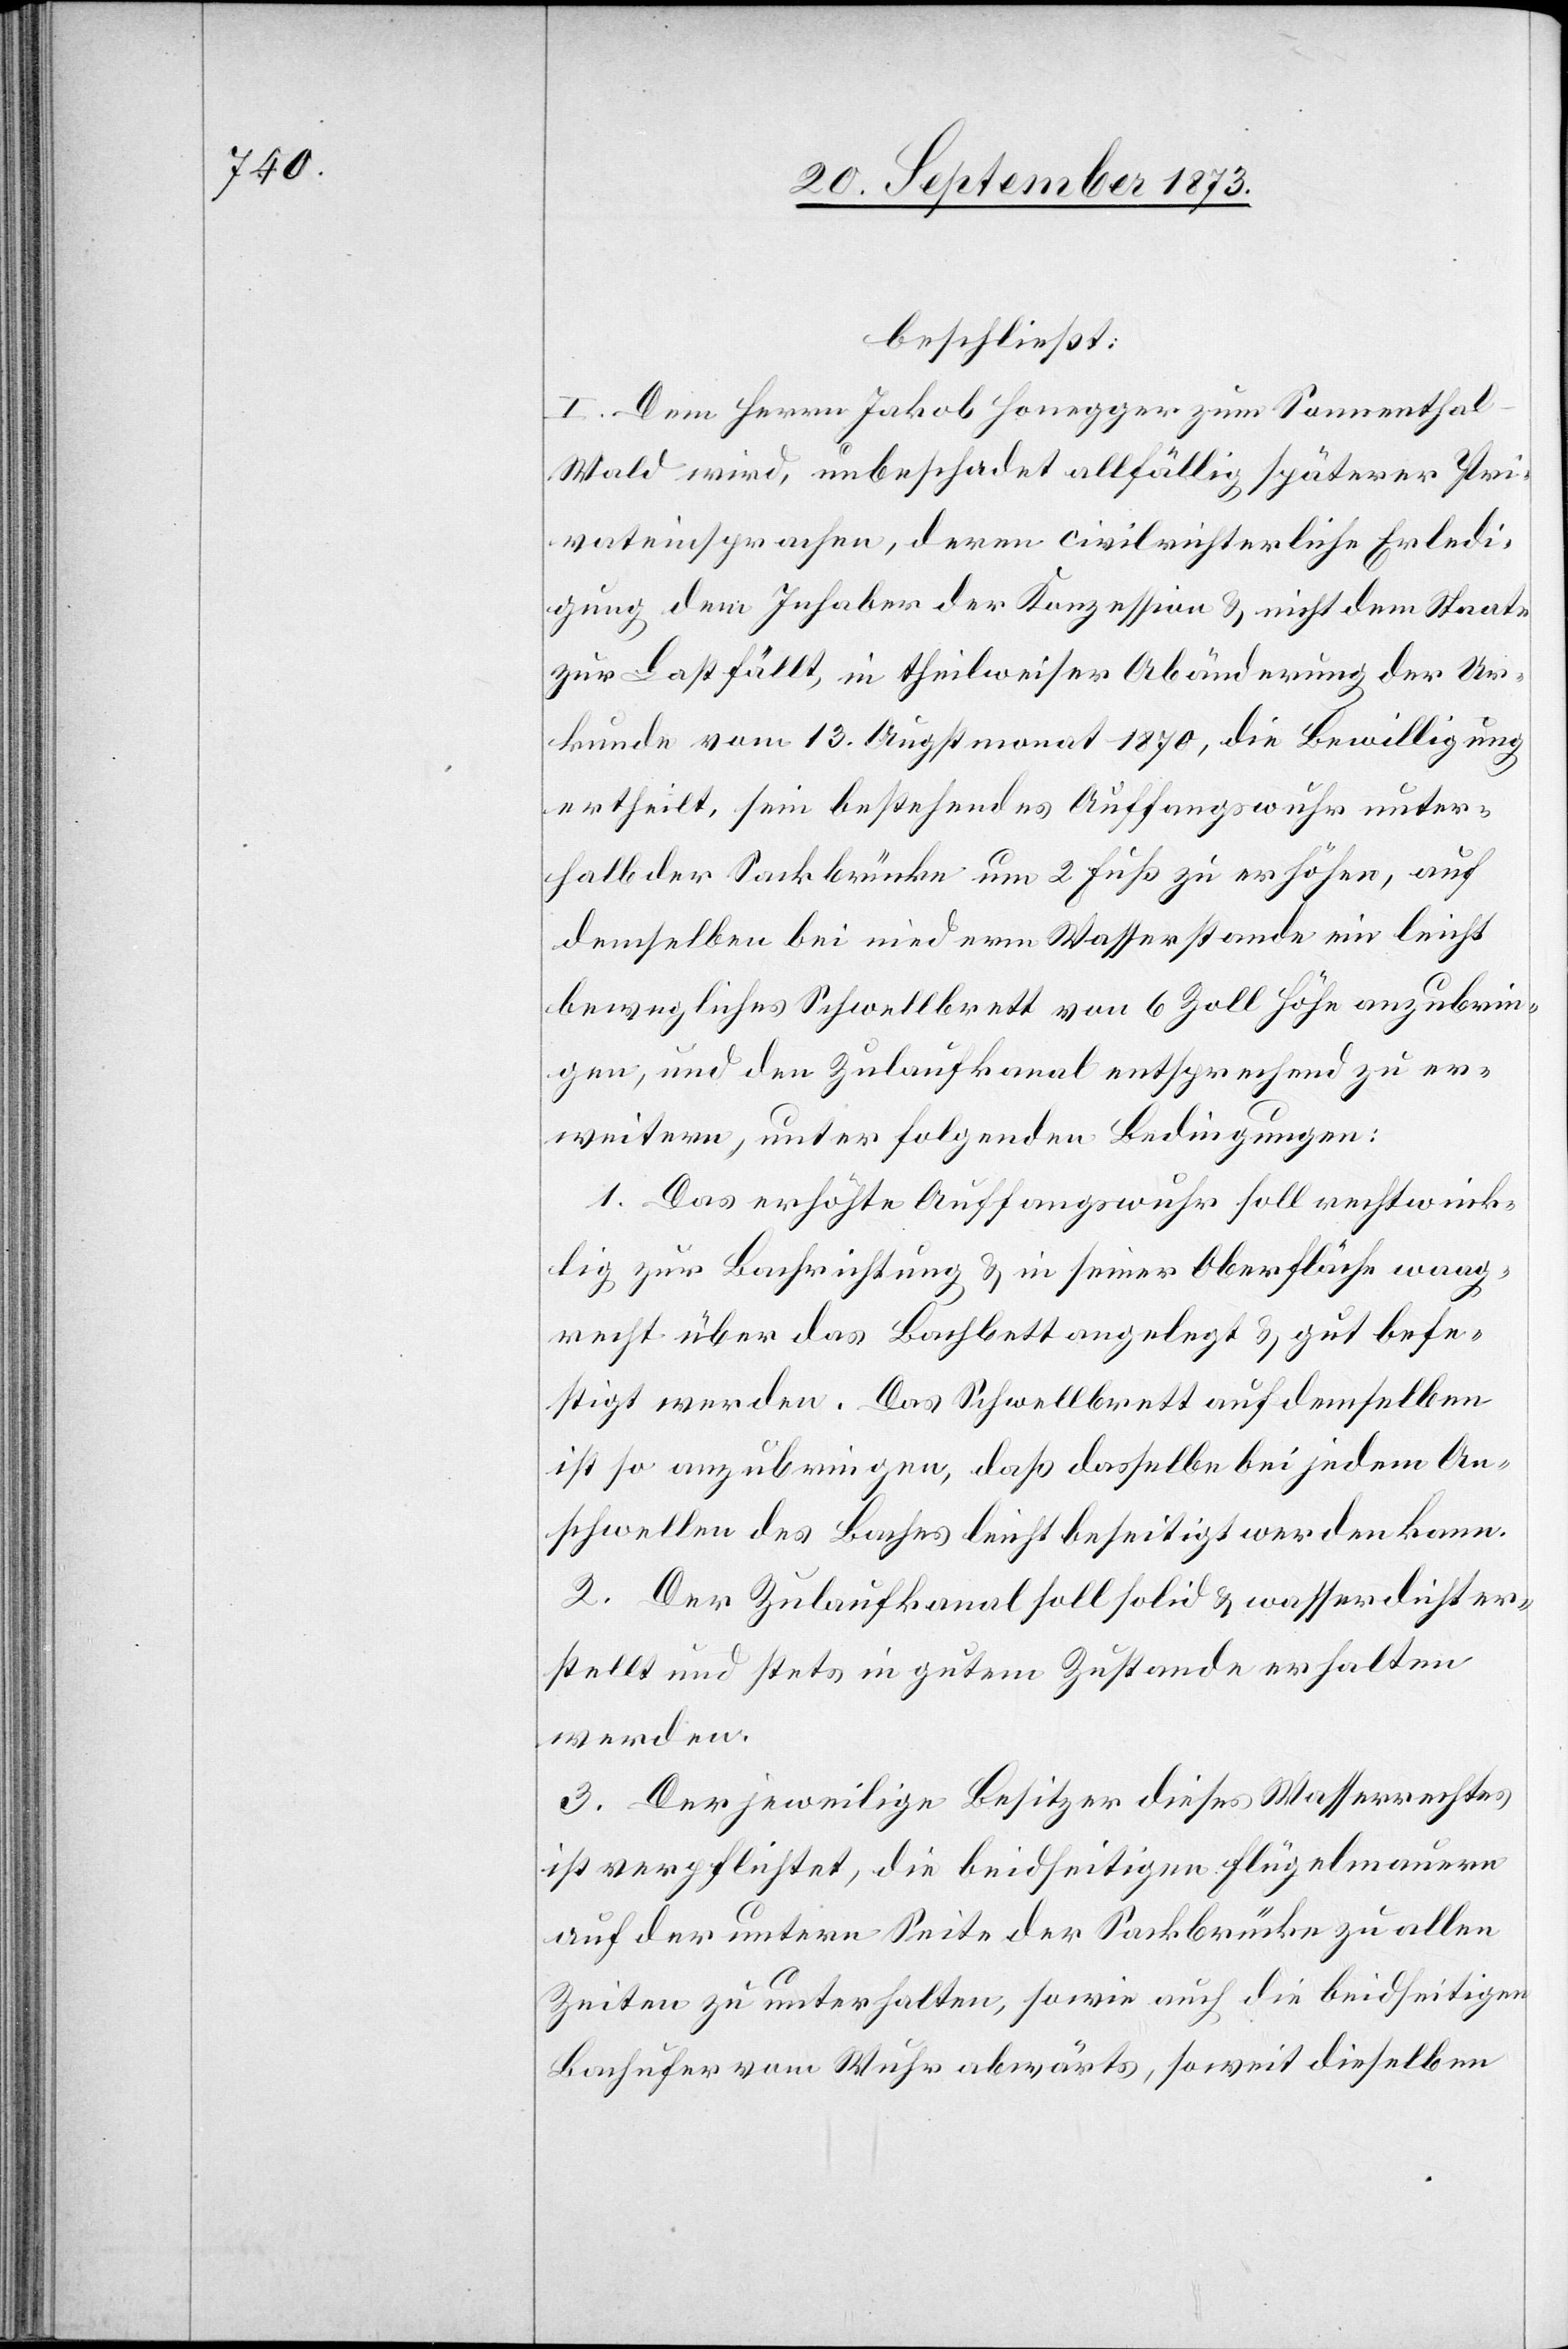
beschließt:
I. Dem Herrn Jakob Honegger zum Sonnenthal
Wald wird, unbeschadet allfällig späterer Pri¬
vateinsprachen, deren civilrichterliche Erledi¬
gung dem Inhaber der Konzession & nicht dem Staate
zur Last fällt, in theilweiser Abänderung der Ur¬
kunde vom 13. Augstmonat 1870, die Bewilligung
ertheilt, sein bestehendes Auffangswuhr unter¬
halb der Sackbrücke um 2 Fuß zu erhöhen, auf
demselben bei niederm Wasserstande ein leicht
bewegliches Schwellbrett von 6 Zoll Höhe anzubrin¬
gen, und den Zulaufkanal entsprechend zu er¬
weitern, unter folgenden Bedingungen:
1. Das erhöhte Auffangswuhr soll rechtwink¬
lig zur Bachrichtung & in seiner Oberfläche waag¬
recht über das Bachbett angelegt & gut befe¬
stigt werden. Das Schwellbrett auf demselben
ist so anzubringen, daß dasselbe bei jedem An¬
schwellen des Baches leicht beseitigt werden kann.
2. Der Zulaufkanal soll solid & wasserdicht er¬
stellt und stets in gutem Zustande erhalten
werden.
3. Der jeweilige Besitzer dieses Wasserrechtes
ist verpflichtet, die beidseitigen Flügelmauern
auf der untern Seite der Sackbrücke zu allen
Zeiten zu unterhalten, sowie auch die beidseitigen
Bachufer vom Wuhr abwärts, soweit dieselben